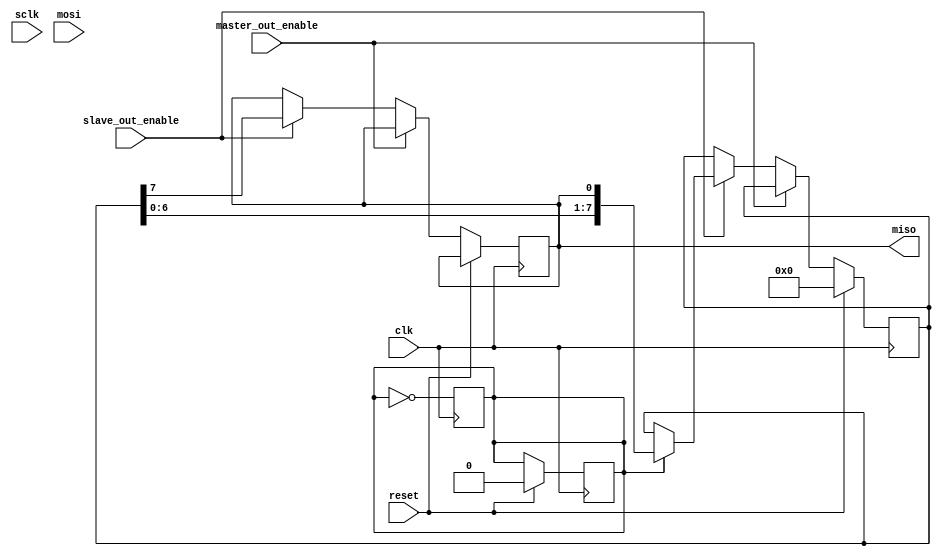
module SPI_timing_control(
    input wire clk,
    input wire reset,
    input wire master_out_enable,
    input wire slave_out_enable,
    input wire sclk,
    input wire mosi,
    output wire miso
);

// Timing control block for managing data transfer
reg [7:0] data_reg;
reg [7:0] data_out;
reg [7:0] data_in;
reg spi_clock;

always @(posedge clk) begin
    if(reset) begin
        data_reg <= 8'b0;
        data_out <= 8'b0;
        data_in <= 8'b0;
        spi_clock <= 1'b0;
    end else begin
        if(master_out_enable) begin
            data_out <= data_reg;
            if(spi_clock) begin
                if(data_reg[7] == 1'b0) begin
                    data_reg <= {data_reg[6:0], mosi};
                end
            end
        end else if(slave_out_enable) begin
            miso <= data_in[7];
            if(spi_clock) begin
                data_in <= {data_in[6:0], miso};
            end
        end
    end
end

// Clock signal generation for SPI communication
always @(posedge clk) begin
    spi_clock <= ~spi_clock;
end

endmodule